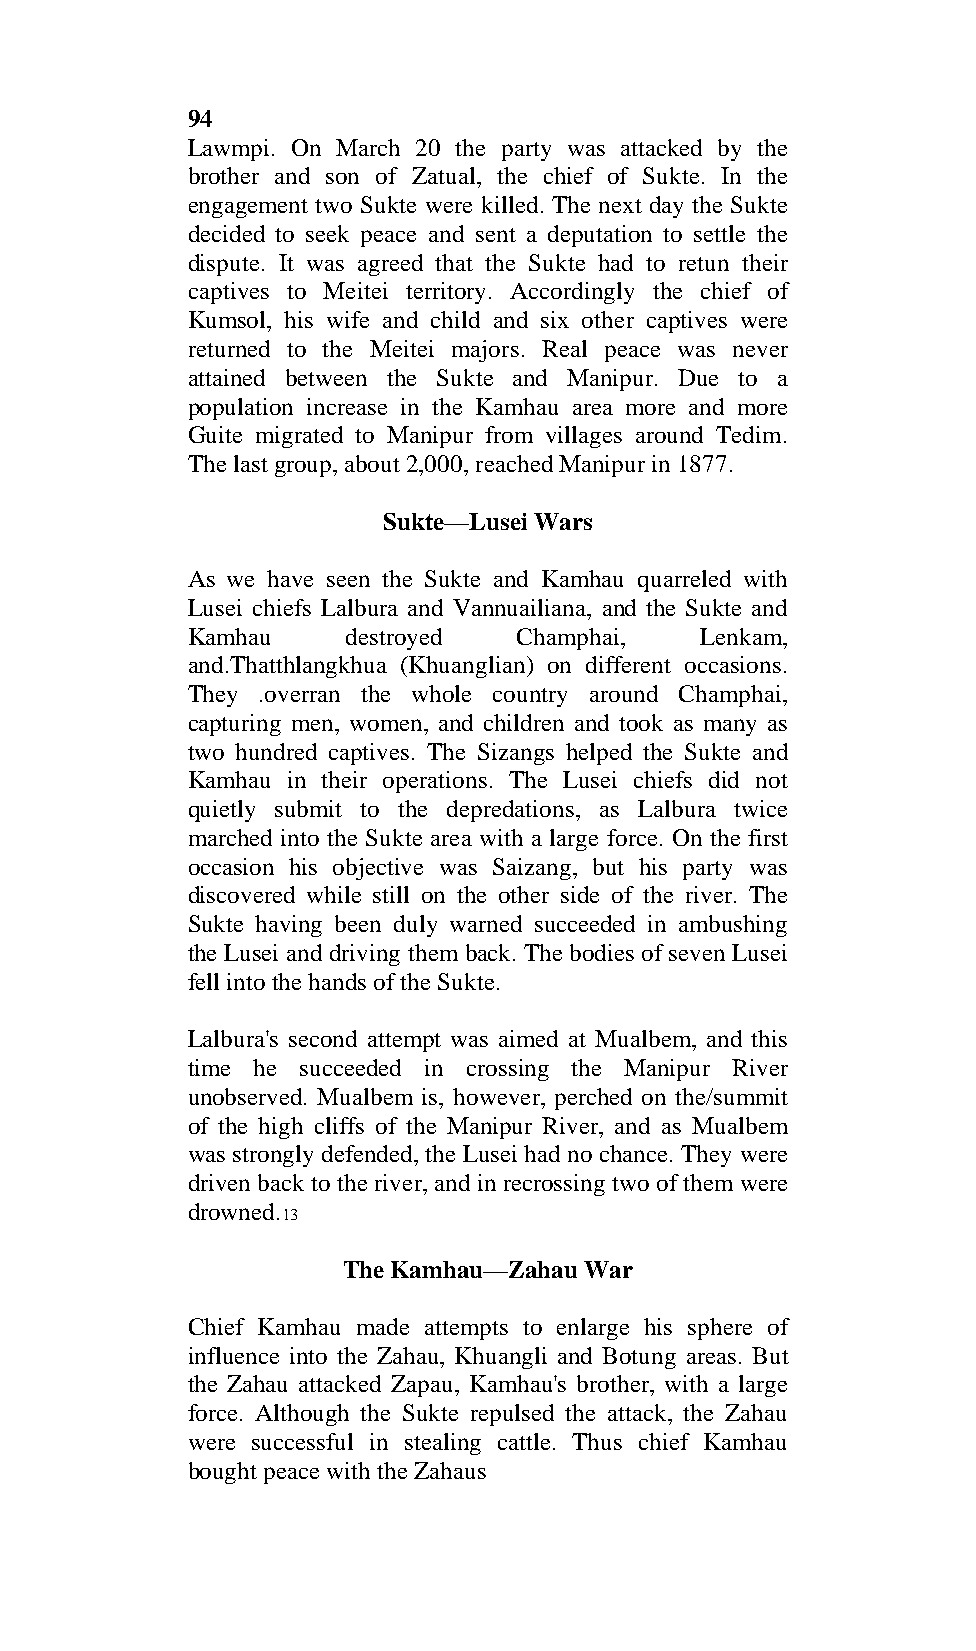
94
 Lawmpi. On March 20 the party was attacked by the
 brother and son of Zatual, the chief of Sukte. In the
 engagement two Sukte were killed. The next day the Sukte
 decided to seek peace and sent a deputation to settle the
 dispute. It was agreed that the Sukte had to retun their
 captives to Meitei territory. Accordingly the chief of
 Kumsol, his wife and child and six other captives were
 returned to the Meitei majors. Real peace was never
 attained between the Sukte and Manipur. Due to a
 population increase in the Kamhau area more and more
 Guite migrated to Manipur from villages around Tedim.
 The last group, about 2,000, reached Manipur in 1877.
 Sukte—Lusei Wars
 As we have seen the Sukte and Kamhau quarreled with
 Lusei chiefs Lalbura and Vannuailiana, and the Sukte and
 Kamhau     destroyed  Champhai,   Lenkam,
 and.Thatthlangkhua (Khuanglian) on different occasions.
 They .overran the whole country around Champhai,
 capturing men, women, and children and took as many as
 two hundred captives. The Sizangs helped the Sukte and
 Kamhau in their operations. The Lusei chiefs did not
 quietly submit to the depredations, as Lalbura twice
 marched into the Sukte area with a large force. On the first
 occasion his objective was Saizang, but his party was
 discovered while still on the other side of the river. The
 Sukte having been duly warned succeeded in ambushing
 the Lusei and driving them back. The bodies of seven Lusei
 fell into the hands of the Sukte.
 Lalbura's second attempt was aimed at Mualbem, and this
 time he succeeded in crossing the Manipur River
 unobserved. Mualbem is, however, perched on the/summit
 of the high cliffs of the Manipur River, and as Mualbem
 was strongly defended, the Lusei had no chance. They were
 driven back to the river, and in recrossing two of them were
 drowned.
 13
 The Kamhau—Zahau War
 Chief Kamhau made attempts to enlarge his sphere of
 influence into the Zahau, Khuangli and Botung areas. But
 the Zahau attacked Zapau, Kamhau's brother, with a large
 force. Although the Sukte repulsed the attack, the Zahau
 were successful in stealing cattle. Thus chief Kamhau
 bought peace with the Zahaus